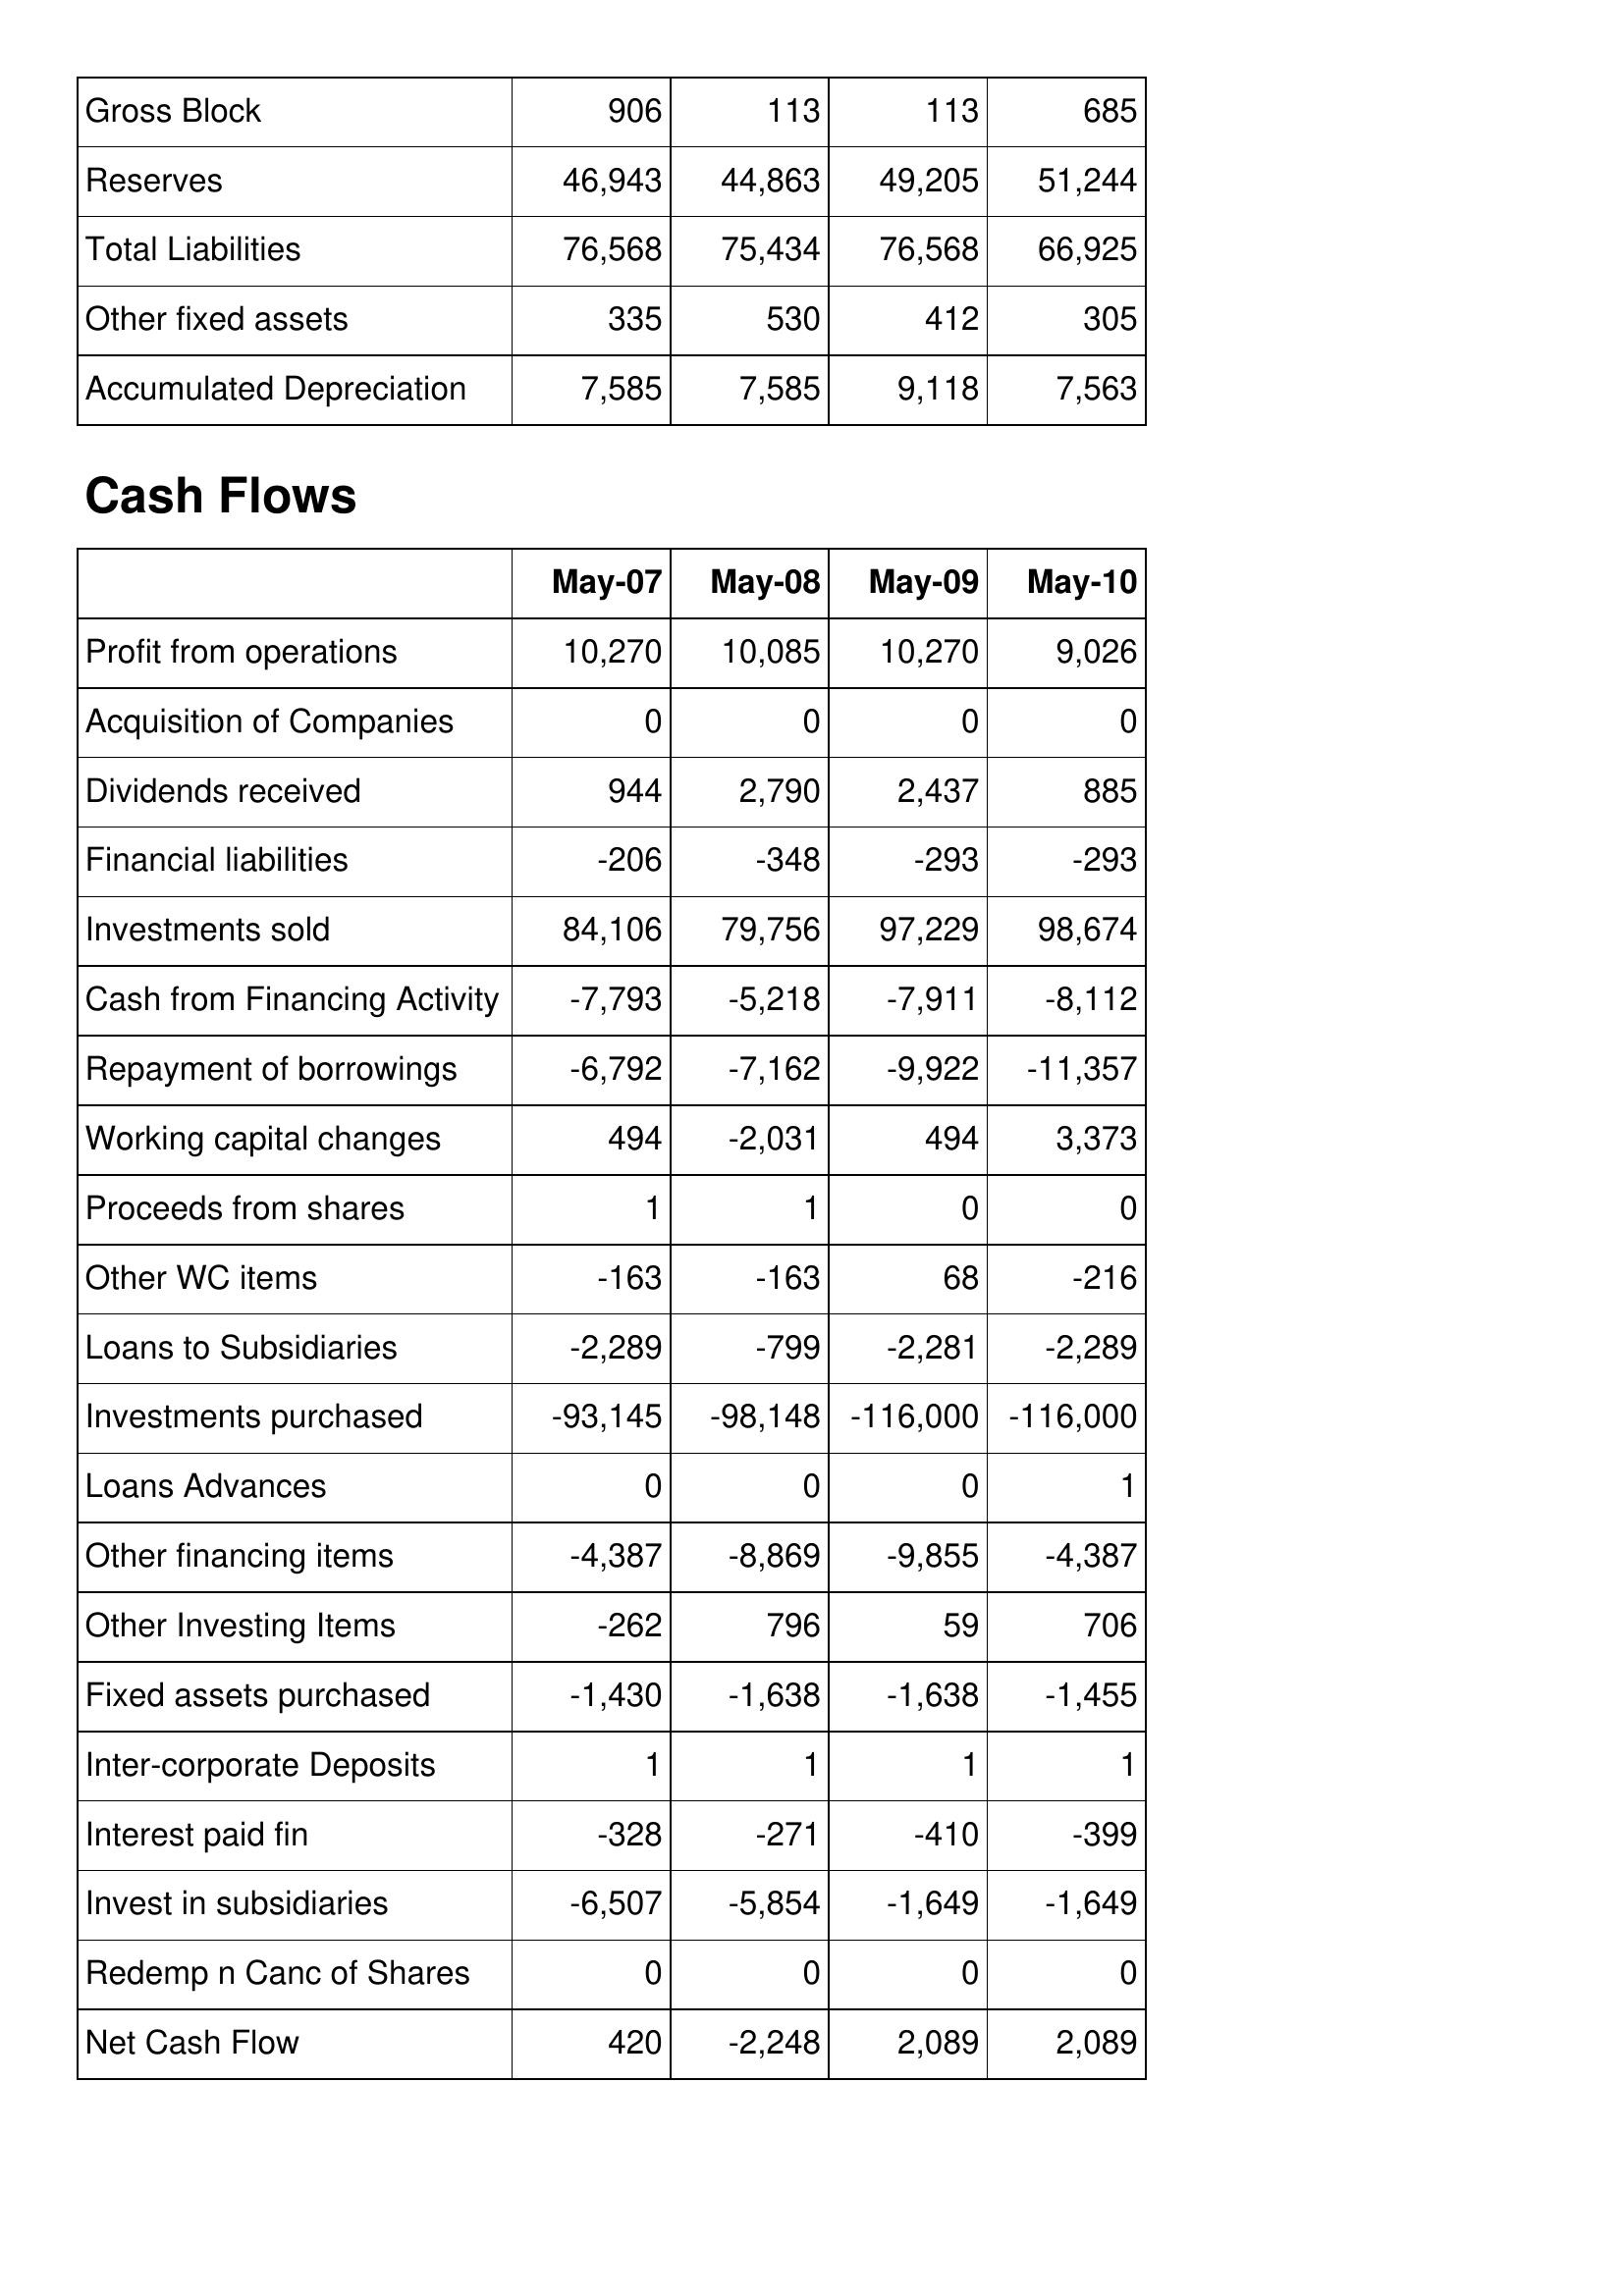
May-07: Balance Sheet: Gross Block: 906
Reserves: 46,943
Total Liabilities: 76,568
Other fixed assets: 335
Accumulated Depreciation: 7,585
Cash Flows: Profit from operations: 10,270
Acquisition of Companies: 0
Dividends received: 944
Financial liabilities: -206
Investments sold: 84,106
Cash from Financing Activity: -7,793
Repayment of borrowings: -6,792
Working capital changes: 494
Proceeds from shares: 1
Other WC items: -163
Loans to Subsidiaries: -2,289
Investments purchased: -93,145
Loans Advances: 0
Other financing items: -4,387
Other Investing Items: -262
Fixed assets purchased: -1,430
Inter-corporate Deposits: 1
Interest paid fin: -328
Invest in subsidiaries: -6,507
Redemp n Canc of Shares: 0
Net Cash Flow: 420
May-08: Balance Sheet: Gross Block: 113
Reserves: 44,863
Total Liabilities: 75,434
Other fixed assets: 530
Accumulated Depreciation: 7,585
Cash Flows: Profit from operations: 10,085
Acquisition of Companies: 0
Dividends received: 2,790
Financial liabilities: -348
Investments sold: 79,756
Cash from Financing Activity: -5,218
Repayment of borrowings: -7,162
Working capital changes: -2,031
Proceeds from shares: 1
Other WC items: -163
Loans to Subsidiaries: -799
Investments purchased: -98,148
Loans Advances: 0
Other financing items: -8,869
Other Investing Items: 796
Fixed assets purchased: -1,638
Inter-corporate Deposits: 1
Interest paid fin: -271
Invest in subsidiaries: -5,854
Redemp n Canc of Shares: 0
Net Cash Flow: -2,248
May-09: Balance Sheet: Gross Block: 113
Reserves: 49,205
Total Liabilities: 76,568
Other fixed assets: 412
Accumulated Depreciation: 9,118
Cash Flows: Profit from operations: 10,270
Acquisition of Companies: 0
Dividends received: 2,437
Financial liabilities: -293
Investments sold: 97,229
Cash from Financing Activity: -7,911
Repayment of borrowings: -9,922
Working capital changes: 494
Proceeds from shares: 0
Other WC items: 68
Loans to Subsidiaries: -2,281
Investments purchased: -116,000
Loans Advances: 0
Other financing items: -9,855
Other Investing Items: 59
Fixed assets purchased: -1,638
Inter-corporate Deposits: 1
Interest paid fin: -410
Invest in subsidiaries: -1,649
Redemp n Canc of Shares: 0
Net Cash Flow: 2,089
May-10: Balance Sheet: Gross Block: 685
Reserves: 51,244
Total Liabilities: 66,925
Other fixed assets: 305
Accumulated Depreciation: 7,563
Cash Flows: Profit from operations: 9,026
Acquisition of Companies: 0
Dividends received: 885
Financial liabilities: -293
Investments sold: 98,674
Cash from Financing Activity: -8,112
Repayment of borrowings: -11,357
Working capital changes: 3,373
Proceeds from shares: 0
Other WC items: -216
Loans to Subsidiaries: -2,289
Investments purchased: -116,000
Loans Advances: 1
Other financing items: -4,387
Other Investing Items: 706
Fixed assets purchased: -1,455
Inter-corporate Deposits: 1
Interest paid fin: -399
Invest in subsidiaries: -1,649
Redemp n Canc of Shares: 0
Net Cash Flow: 2,089